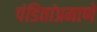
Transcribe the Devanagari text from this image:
पंडितांप्रमाणे